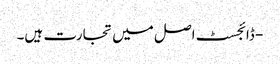
- ڈائجسٹ اصل میں تجارت ہیں۔